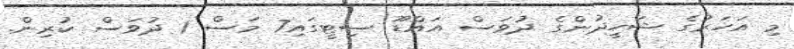
މި އަހަރުގެ ޝަހީދުންގެ ދުވަސް އައްޑޫ ސިޓީގައި7 މަސް 1 ދުވަސް ކުރިން.